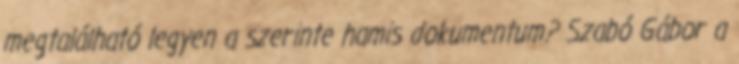
megtalálható legyen a szerinte hamis dokumentum? Szabó Gábor a